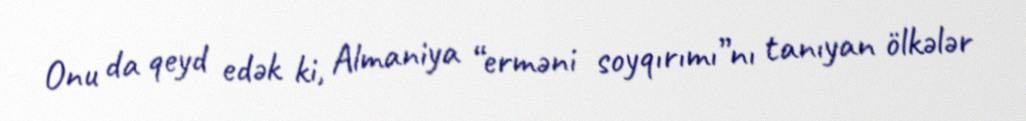
Onu da qeyd edək ki, Almaniya “erməni soyqırımı”nı tanıyan ölkələr